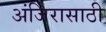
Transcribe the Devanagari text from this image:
अंजिरासाठी